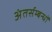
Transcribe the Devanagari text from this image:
अंतर्सम्बन्धों